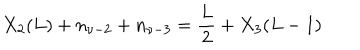
X _ { 2 } ( L ) + n _ { \nu - 2 } + n _ { \nu - 3 } = \frac { L } { 2 } + X _ { 3 } ( L - 1 )